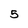
Character: 5